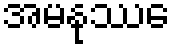
အမနုဿေ